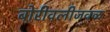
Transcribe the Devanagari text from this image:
बोरीवलीजवळ